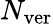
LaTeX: N_{\mathrm{ver}}